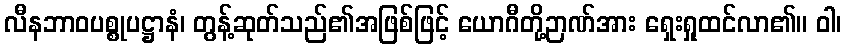
လီနဘာဝပစ္စုပဋ္ဌာနံ၊ တွန့်ဆုတ်သည်၏အဖြစ်ဖြင့် ယောဂီတို့ဉာဏ်အား ရှေးရှုထင်လာ၏။ ဝါ၊